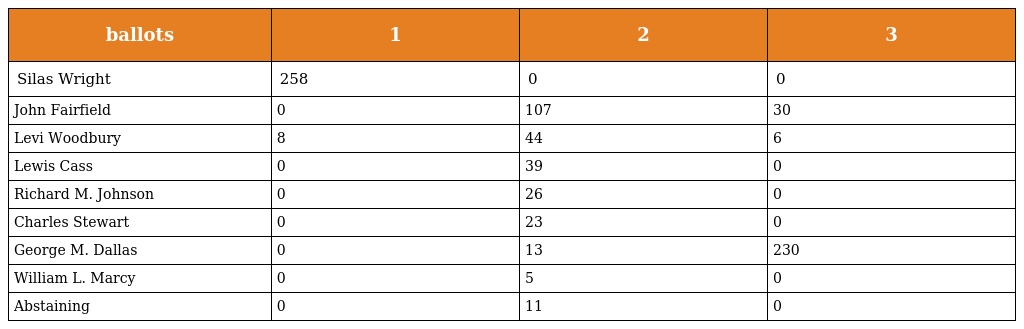
| ballots | 1 | 2 | 3 |
 | --- | --- | --- | --- |
 | Silas Wright | 258 | 0 | 0 |
 | John Fairfield | 0 | 107 | 30 |
 | Levi Woodbury | 8 | 44 | 6 |
 | Lewis Cass | 0 | 39 | 0 |
 | Richard M. Johnson | 0 | 26 | 0 |
 | Charles Stewart | 0 | 23 | 0 |
 | George M. Dallas | 0 | 13 | 230 |
 | William L. Marcy | 0 | 5 | 0 |
 | Abstaining | 0 | 11 | 0 |